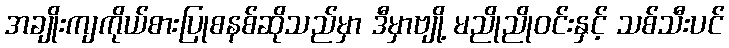
အချိုးကျကိုယ်စားပြုစနစ်ဆိုသည်မှာ ဒီမှာဗျို့ မညိုညိုဝင်းနှင့် သစ်သီးပင်